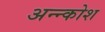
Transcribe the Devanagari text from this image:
अन्‍न्कोश